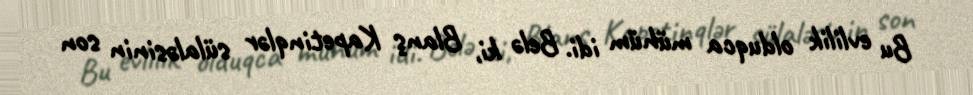
Bu evlilik olduqca mühüm idi. Belə ki, Blanş Kapetinqlər sülaləsinin son